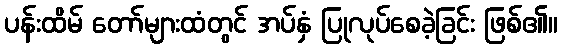
ပန်းထိမ် တော်များထံတွင် အပ်နှံ ပြုလုပ်စေခဲ့ခြင်း ဖြစ်၏။